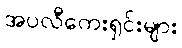
အပလီကေးရှင်းများ